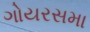
ગોયરસમા